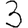
Digit: 3